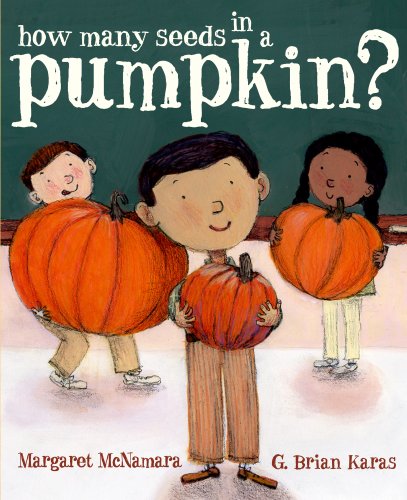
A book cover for How Many Seeds in a Pumpkin? (Mr. Tiffin's Classroom Series); Margaret McNamara; Children's Books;